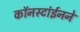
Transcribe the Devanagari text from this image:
कॉनस्टांईनने